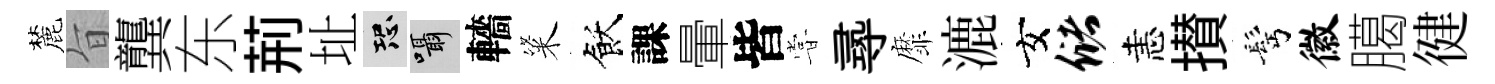
麓旨龔东荊址恐囁轖粢飫課暈皆甞𡬶靡漉女储恚攅髩徽臈徤